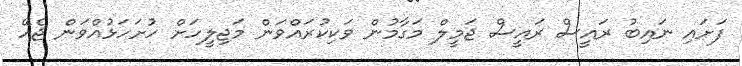
ފަށައި ނައިބު ރައީސް ރައީސް ޖަމީލް މަގާމުން ވަކިކުރައްވަން މަޖިލީހަށް ހުށަހަޅުއްވަން ޖެހޭ